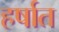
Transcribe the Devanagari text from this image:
हर्षात